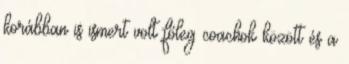
korábban is ismert volt főleg coachok között és a